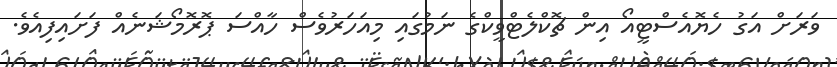
ވަރަށް އަގު ހެޔޮއެސްޓީއޯ އިން ޗޮކްލެޓްވީކްގެ ނަމުގައި މިއަހަރުވެސް ހާއްސަ ޕޮރޮޮމޯޝަނެއް ފަށައިފިއެވެ.